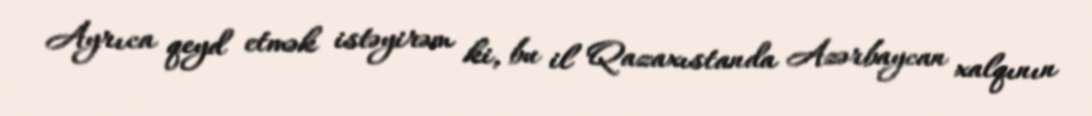
Ayrıca qeyd etmək istəyirəm ki, bu il Qazaxıstanda Azərbaycan xalqının